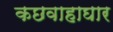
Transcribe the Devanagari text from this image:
कछवाहाघार